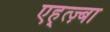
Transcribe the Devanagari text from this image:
एह्त्ज़्बा